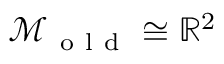
\mathcal { M } _ { \mathrm { ~ o ~ l ~ d ~ } } \cong \mathbb { R } ^ { 2 }